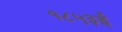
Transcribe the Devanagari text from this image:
१८५३ई